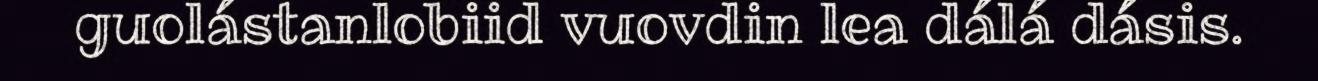
guolástanlobiid vuovdin lea dálá dásis.